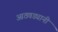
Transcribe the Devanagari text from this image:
आठवड्यानी